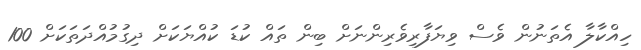
ހިއްކާލާ އެތަނުން ވެސް ވިޔަފާރިވެރިންނަށް ބިން ތައް ކުޑަ ކުއްޔަކަށް ދިގުމުއްދަތަކަށް 100